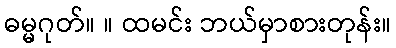
ဓမ္မဂုတ်။ ။ ထမင်း ဘယ်မှာစားတုန်း။